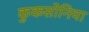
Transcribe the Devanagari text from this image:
कुकसोनिया